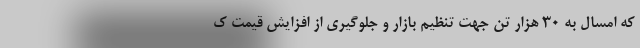
که امسال به 30 هزار تن جهت تنظیم بازار و جلوگیری از افزایش قیمت ک